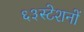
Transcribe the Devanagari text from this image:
६३स्टेशनों